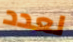
لعدد